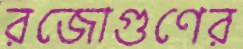
রজোগুণের